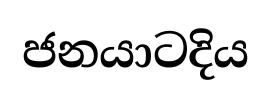
ජනයාටදිය